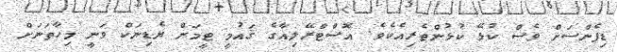
ޑިފެންސަށް ވެސް ކުޅޭ ކުޅުންތެރިއެކެވެ. އޮސްޓްރޭލިއާގެ ޤައުމީ ޓީމަށް ޔެޑިނަކް ވަނީ މިހާތަނަށް